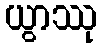
ယွာဿု